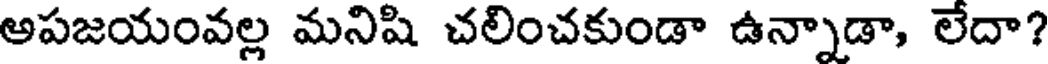
అపజయంవల్ల మనిషి చలించకుండా ఉన్నాడా, లేదా?